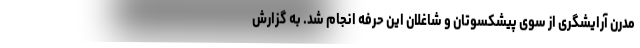
مدرن آرایشگری از سوی پیشکسوتان و شاغلان این حرفه انجام شد. به گزارش